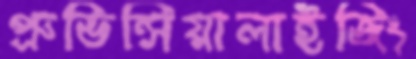
প্রুভিন্সিয়ালাইজিং